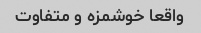
واقعا خوشمزه و متفاوت